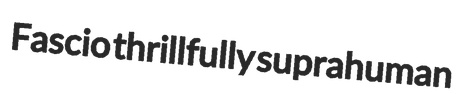
Fascio thrillfully suprahuman